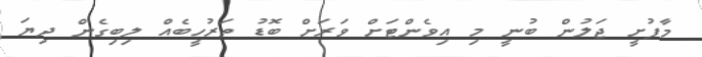
މާފުށީ ޖަލުން ބުނީ މި އިވެންޓަށް ވަރަށް ބޮޑު ތަރުހީބެއް ލިބިގެން ދިޔަ